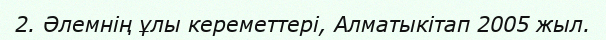
2. Әлемнің ұлы кереметтері, Алматыкітап 2005 жыл.